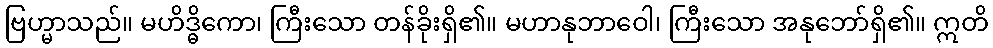
ဗြဟ္မာသည်။ မဟိဒ္ဓိကော၊ ကြီးသော တန်ခိုးရှိ၏။ မဟာနုဘာဝေါ၊ ကြီးသော အနုဘော်ရှိ၏။ ဣတိ